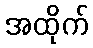
အထိုက်